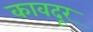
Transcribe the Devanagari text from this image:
कावदूर